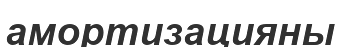
амортизацияны